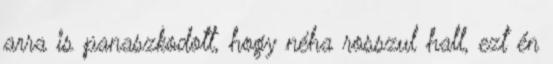
arra is panaszkodott, hogy néha rosszul hall, ezt én